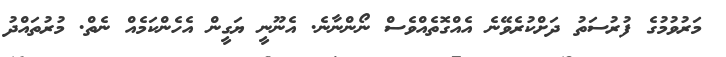
މަރުވުމުގެ ފުރުސަތު ދަށްކުރެވޭނެ އެއްގޮތެއްވެސް ނޯންނާނެ. އެނޫނީ ޔަގީން އެހެންކަމެއް ނެތް. މުރުތައްދު